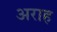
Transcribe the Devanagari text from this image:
अराह